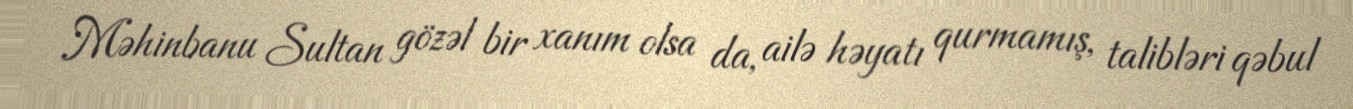
Məhinbanu Sultan gözəl bir xanım olsa da, ailə həyatı qurmamış, talibləri qəbul